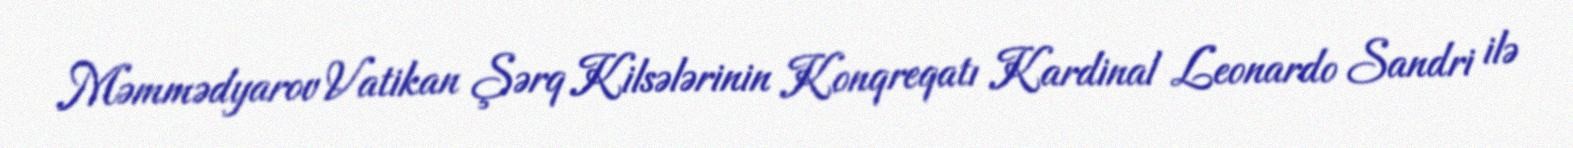
Məmmədyarov Vatikan Şərq Kilsələrinin Konqreqatı Kardinal Leonardo Sandri ilə